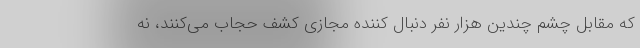
که مقابل چشم چندین هزار نفر دنبال کننده مجازی کشف حجاب می‌کنند، نه